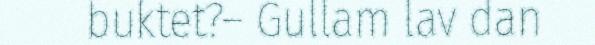
buktet?– Gullam lav dan